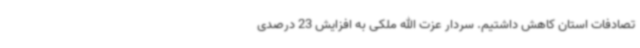
تصادفات استان کاهش داشتیم. سردار عزت الله ملکی به افزایش 23 درصدی